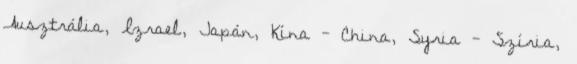
Ausztrália, Izrael, Japán, Kína - China, Syria - Szíria,